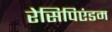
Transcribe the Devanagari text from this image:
रेसिपिएंडम